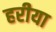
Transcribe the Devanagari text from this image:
हरीया